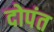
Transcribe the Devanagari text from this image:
दोपंत